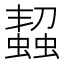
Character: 𧑨